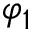
\varphi _ { 1 }